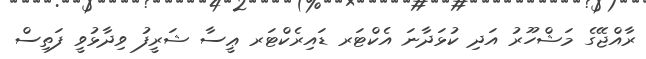
ރާއްޖޭގެ މަޝްހޫރު އަދި ކުޅަދާނަ އެކްޓަރ ޑައިރެކްޓަރ ޢީސާ ޝަރީފު ވިދާޅުވީ ފަތިސް